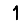
Digit: 1